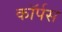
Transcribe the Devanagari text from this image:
काॅर्पस